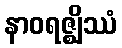
နာဝရဇ္ဈိဿံ